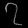
Digit: ၇